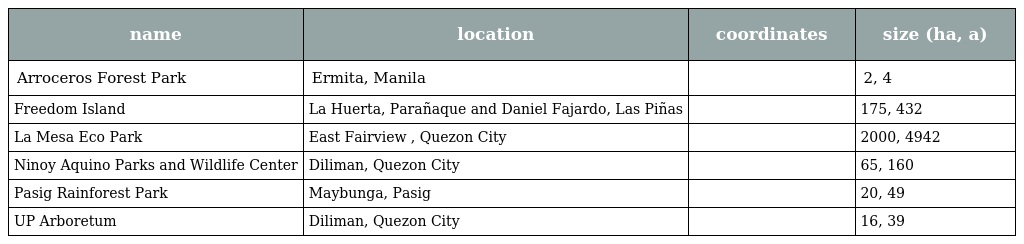
| name | location | coordinates | size (ha, a) |
 | --- | --- | --- | --- |
 | Arroceros Forest Park | Ermita, Manila |  | 2, 4 |
 | Freedom Island | La Huerta, Parañaque and Daniel Fajardo, Las Piñas |  | 175, 432 |
 | La Mesa Eco Park | East Fairview , Quezon City |  | 2000, 4942 |
 | Ninoy Aquino Parks and Wildlife Center | Diliman, Quezon City |  | 65, 160 |
 | Pasig Rainforest Park | Maybunga, Pasig |  | 20, 49 |
 | UP Arboretum | Diliman, Quezon City |  | 16, 39 |